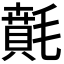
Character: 𣯻